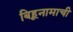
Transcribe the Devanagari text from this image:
बिहूनामाची